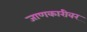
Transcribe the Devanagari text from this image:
जाणकारीवर